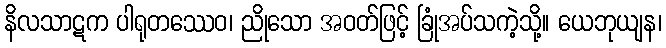
နိလသာဋက ပါရုတဿေဝ၊ ညိုသော အဝတ်ဖြင့် ခြုံအပ်သကဲ့သို့။ ယေဘုယျန၊